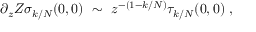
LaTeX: \partial _ { z } Z \sigma _ { k / N } ( 0 , 0 ) ~ \sim ~ z ^ { - ( 1 - k / N ) } \tau _ { k / N } ( 0 , 0 ) \; ,